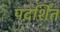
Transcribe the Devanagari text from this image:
पदर्शित